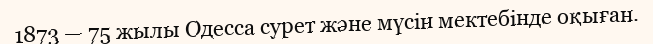
1873 — 75 жылы Одесса сурет және мүсін мектебінде оқыған.